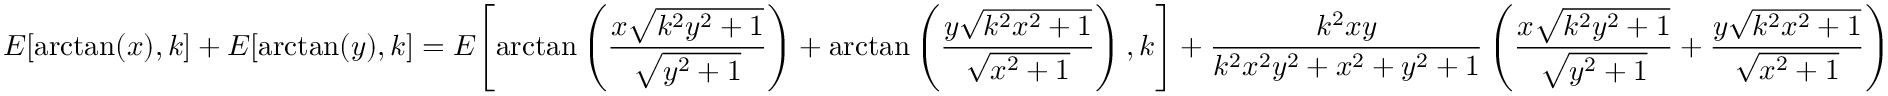
E { \left[ \arctan ( x ) , k \right] } + E { \left[ \arctan ( y ) , k \right] } = E { \left[ \arctan \left( { \frac { x { \sqrt { k ^ { 2 } y ^ { 2 } + 1 } } } { \sqrt { y ^ { 2 } + 1 } } } \right) + \arctan \left( { \frac { y { \sqrt { k ^ { 2 } x ^ { 2 } + 1 } } } { \sqrt { x ^ { 2 } + 1 } } } \right) , k \right] } + { \frac { k ^ { 2 } x y } { k ^ { 2 } x ^ { 2 } y ^ { 2 } + x ^ { 2 } + y ^ { 2 } + 1 } } \left( { \frac { x { \sqrt { k ^ { 2 } y ^ { 2 } + 1 } } } { \sqrt { y ^ { 2 } + 1 } } } + { \frac { y { \sqrt { k ^ { 2 } x ^ { 2 } + 1 } } } { \sqrt { x ^ { 2 } + 1 } } } \right)